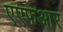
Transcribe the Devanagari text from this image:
एएफआर